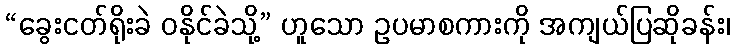
“ခွေးငတ်ရိုးခဲ ဝနိုင်ခဲသို့” ဟူသော ဥပမာစကားကို အကျယ်ပြဆိုခန်း၊